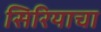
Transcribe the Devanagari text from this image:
सिरियाचा